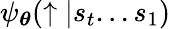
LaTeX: \psi_{\boldsymbol\theta}(\uparrow|s_{t}...s_{1})